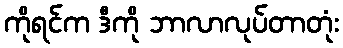
ကိုရင်က ဒီကို ဘာလာလုပ်တာတုံး